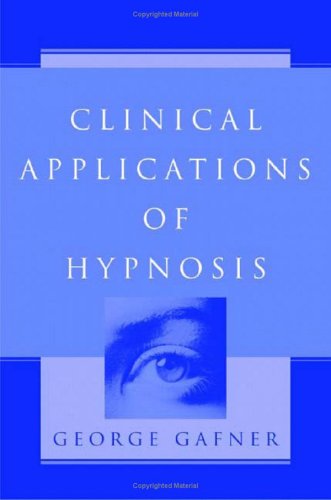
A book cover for Clinical Applications of Hypnosis; George Gafner; Health, Fitness & Dieting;